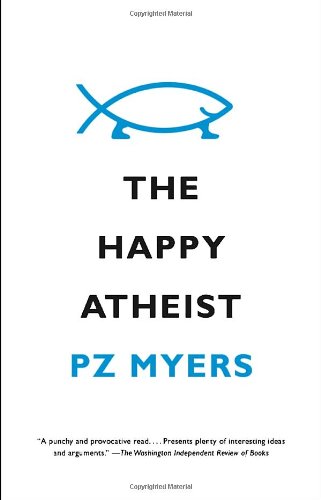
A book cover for The Happy Atheist; PZ Myers; Humor & Entertainment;